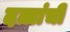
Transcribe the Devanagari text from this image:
दत्तांची